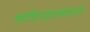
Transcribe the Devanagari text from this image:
आदिनारायणाने